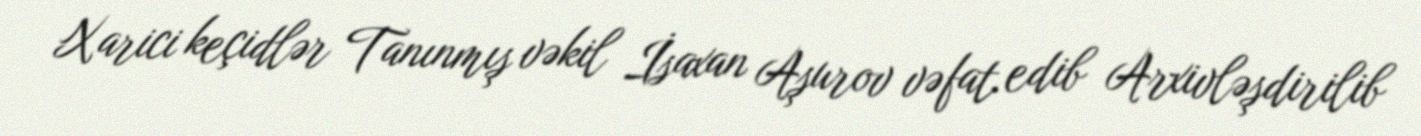
Xarici keçidlər Tanınmış vəkil İsaxan Aşurov vəfat edib Arxivləşdirilib